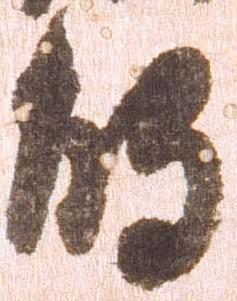
触